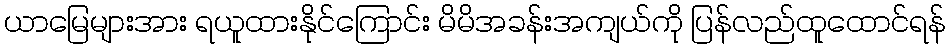
ယာမြေများအား ရယူထားနိုင်ကြောင်း မိမိအခန်းအကျယ်ကို ပြန်လည်ထူထောင်ရန်